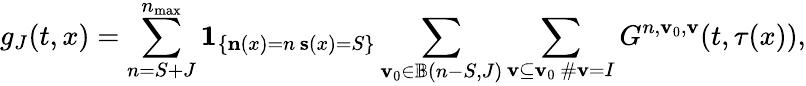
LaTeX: g_{J}(t,x)=\sum_{n=S+J}^{n_{\operatorname*{max}}}\mathbf{1}_{\left\{ \substack{\mathbf{n}(x)=n\, \mathbf{s}(x)=S}\right\} }\sum_{\mathbf{v}_{0}\in\mathbb{B}(n-S,J)}\sum_{\substack{\mathbf{v}\subseteq\mathbf{v}_{0}\, \# \mathbf{v}=I}}G^{n,\mathbf{v}_{0},\mathbf{v}}(t,\tau(x)),